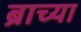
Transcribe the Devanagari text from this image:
ब्राच्या